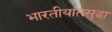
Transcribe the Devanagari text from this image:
भारतीयांतसुद्धा